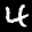
Label: 4